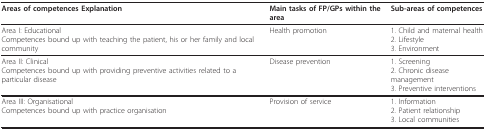
<table><thead><tr><td><b>Areas of competences Explanation</b></td><td><b>Main tasks of FP/GPs within the area</b></td><td><b>Sub-areas of competences</b></td></tr></thead><tbody><tr><td>Area I: EducationalCompetences bound up with teaching the patient, his or her family and local community</td><td>Health promotion</td><td>1. Child and maternal health2. Lifestyle3. Environment</td></tr><tr><td>Area II: ClinicalCompetences bound up with providing preventive activities related to a particular disease</td><td>Disease prevention</td><td>1. Screening2. Chronic disease management3. Preventive interventions</td></tr><tr><td>Area III: OrganisationalCompetences bound up with practice organisation</td><td>Provision of service</td><td>1. Information2. Patient relationship3. Local communities</td></tr></tbody></table>